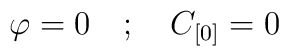
\varphi=0 \quad ; \quad C_{[0]}=0